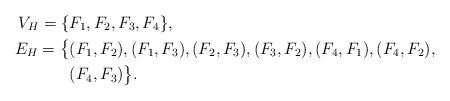
LaTeX: \begin{align*} V_H=\{&F_1,F_2,F_3,F_4\},\\ E_H=\big\{&(F_1,F_2),(F_1,F_3),(F_2,F_3),(F_3,F_2),(F_4,F_1),(F_4,F_2),\\ &(F_4,F_3)\big\}.\end{align*}